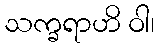
သက္ခရာဟိ ဝါ၊